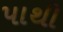
પાથી